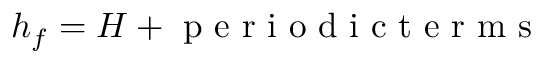
h _ { f } = H + \textup { p e r i o d i c t e r m s }